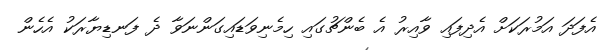
އެފަދަ އަމުރަކަށް އެދިފައި ވާއިރު އެ ބެންޗުގައި ހިމެނިވަޑައިގަންނަވާ ދެ ފަނޑިޔާރަކު އެހެން